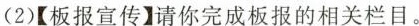
(2)【板报宣传】请你完成板报的相关栏目。